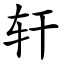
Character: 轩